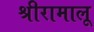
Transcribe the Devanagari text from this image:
श्रीरामालू